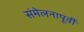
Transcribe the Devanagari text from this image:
संमेलनापूर्वी